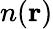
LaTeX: n({\mathbf r})